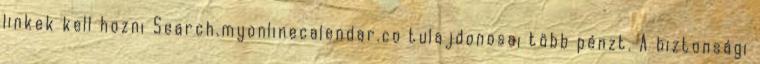
linkek kell hozni Search.myonlinecalendar.co tulajdonosai több pénzt. A biztonsági